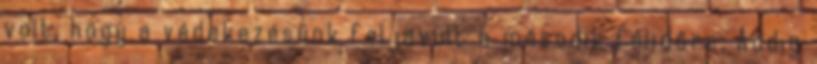
volt, hogy a védekezésünk feljavult a második félidőre. Addig